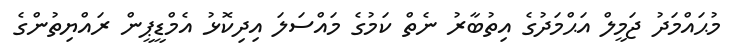
މުޙައްމަދު ޖަމީލް އަޙްމަދުގެ އިތުބާރު ނެތް ކަމުގެ މައްސަލަ އިދިކޮޅު އެމްޑީޕީން ރައްޔިތުންގެ